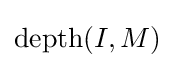
\operatorname {depth} (I,M)